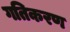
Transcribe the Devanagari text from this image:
गतिकरण